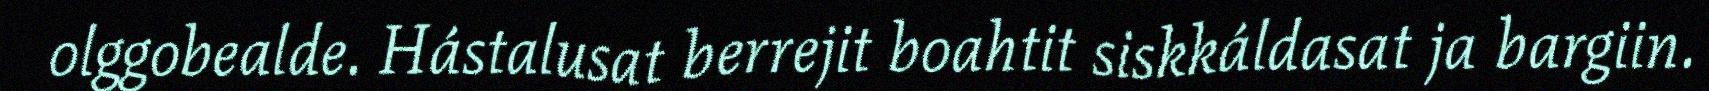
olggobealde. Hástalusat berrejit boahtit siskkáldasat ja bargiin.